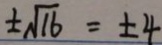
\pm \sqrt { 1 6 } = \pm 4